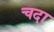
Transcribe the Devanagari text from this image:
चदा